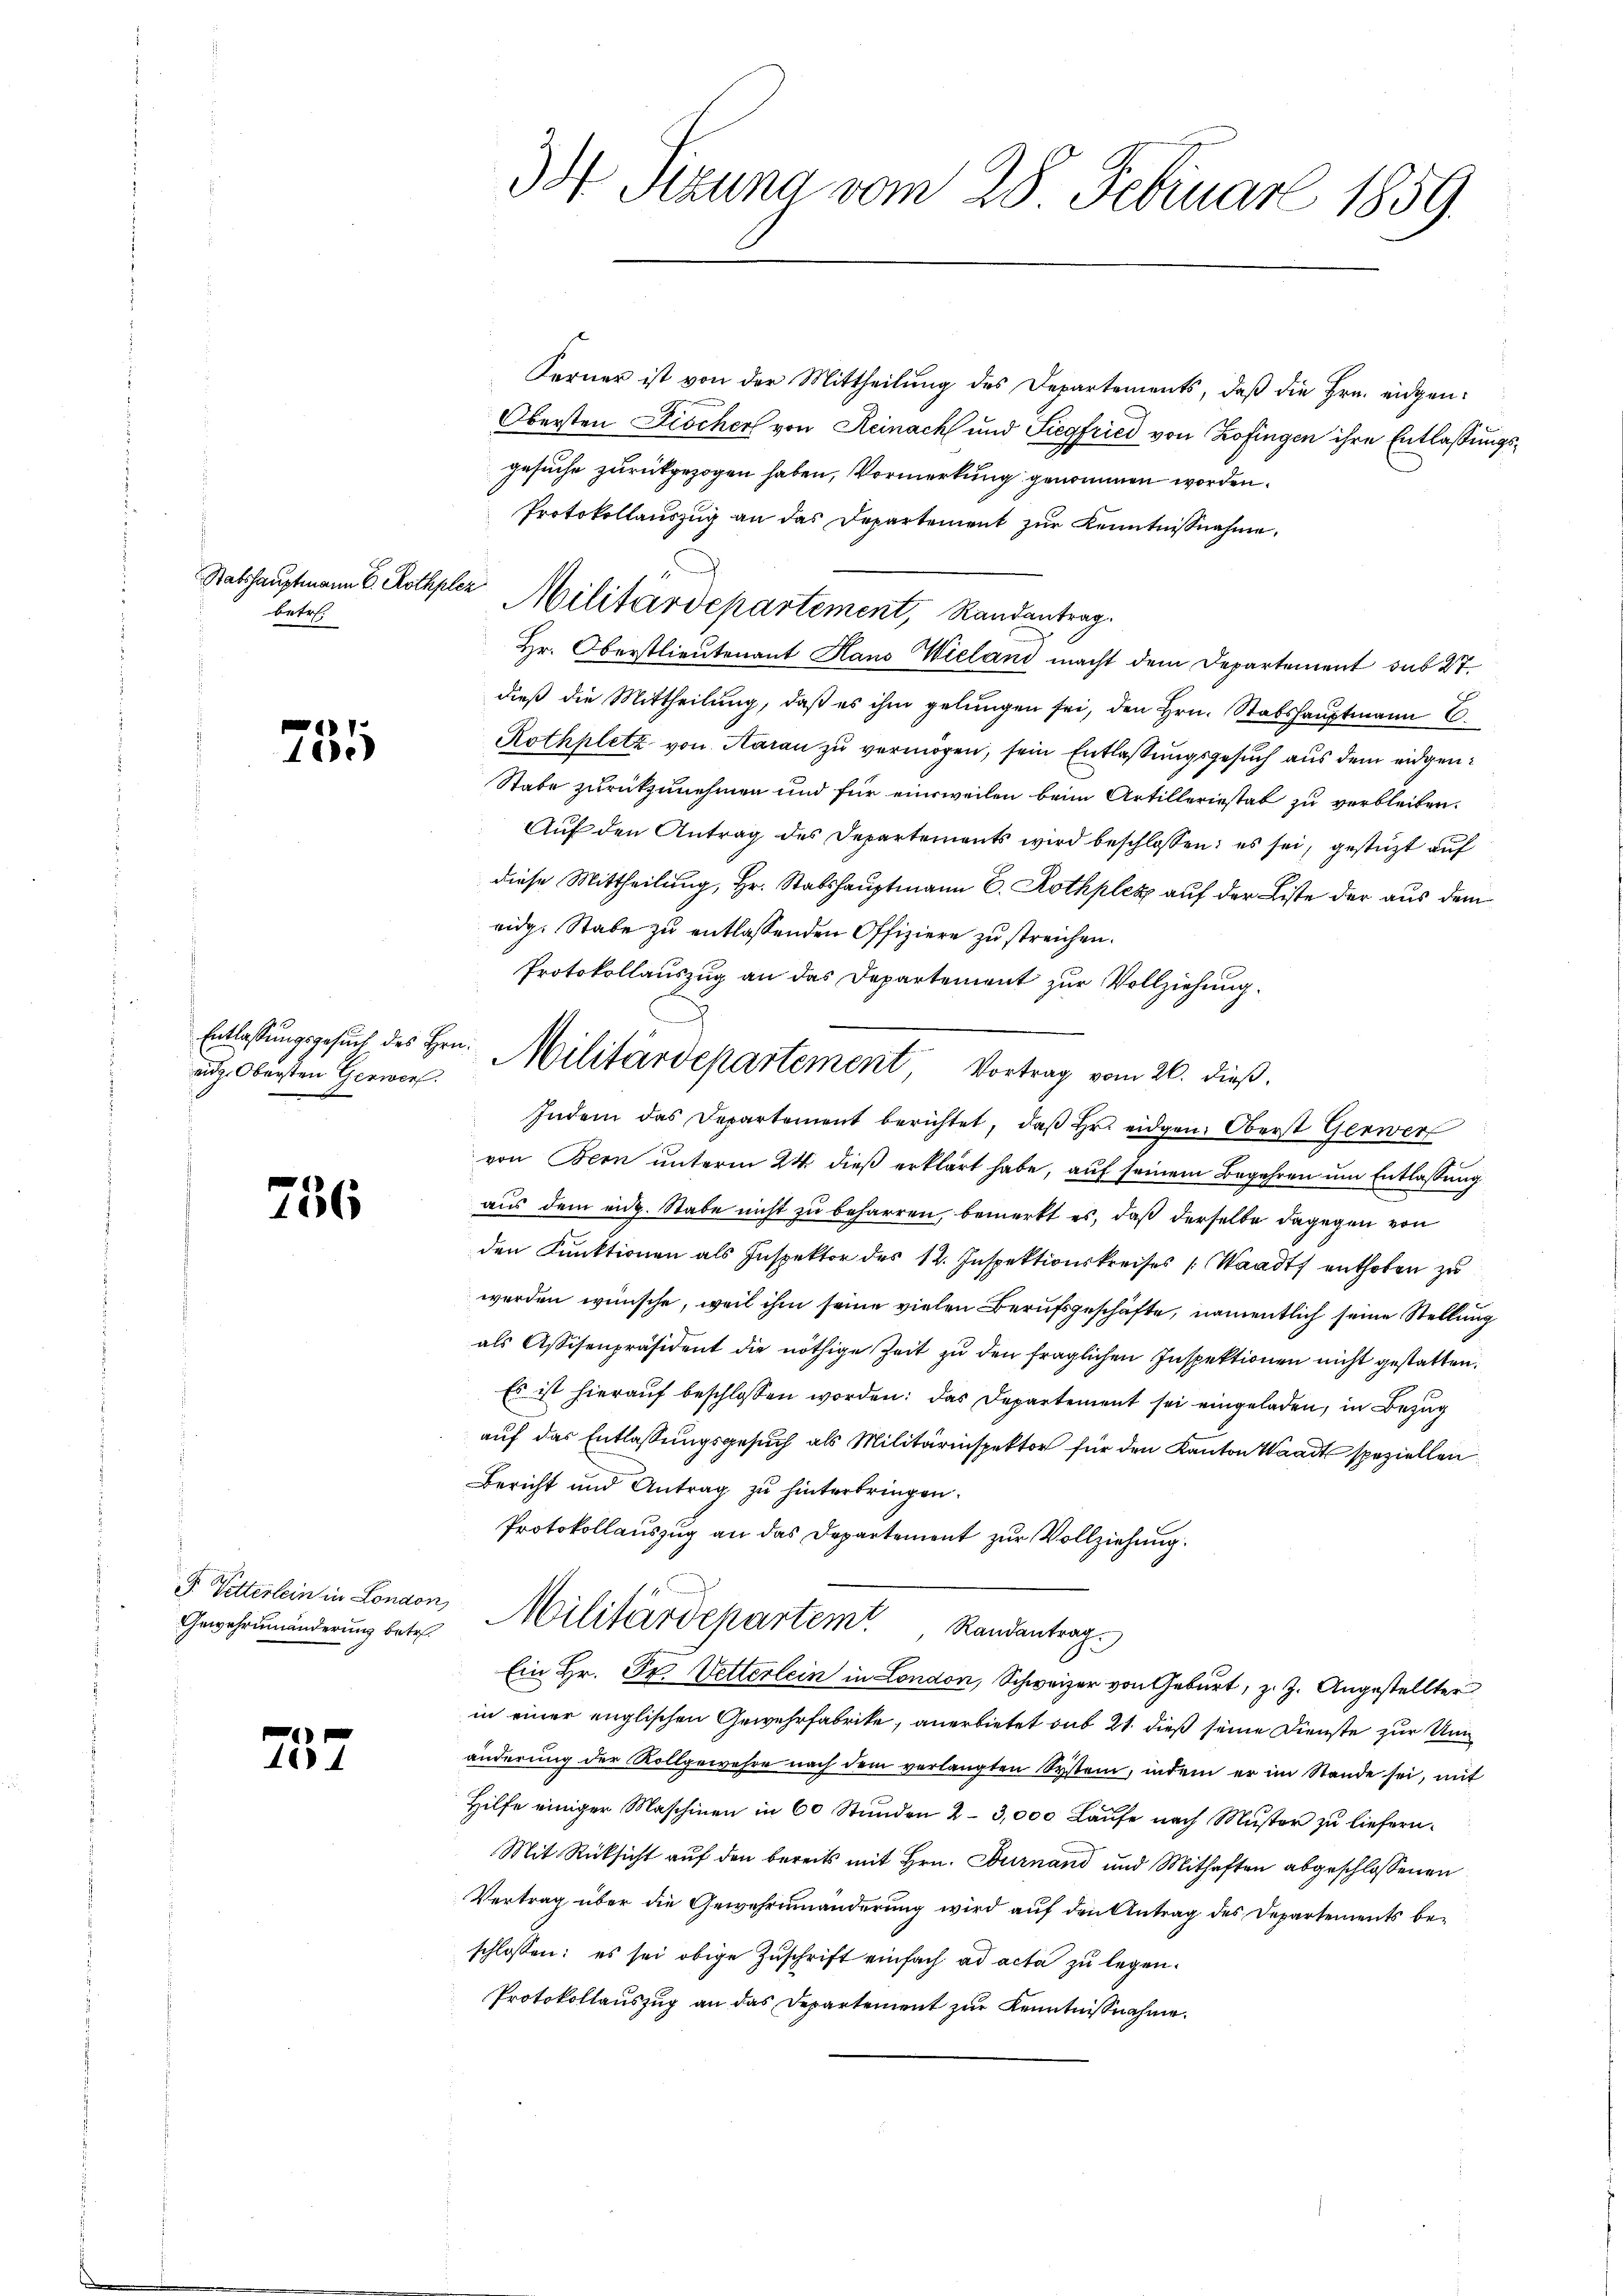
Stabshauptmann E. Rothplez
betr.

785

aid. Obersten Gerwerf
e

756

F. Vetterlein in London
Gewehrumänderung betr.

257

34 Stzung vom 28. Februar 1859.

Ferner ist von der Mittheilung des Departements, daβ die Hrn. eidgen:
Obersten Fischer von Reinach und Siegfried von Zofingen ihre Entlassungsgesuche zurückgezogen haben, Vormerkung genommen worden.
Protokollauszug an das Departement zŭr Kenntnisnahme,
Militärdepartement, Randantrag.
Hr. Oberstlieutenant Hans Wieland macht dem Departement sub 27.
dieß die Mittheilung, daß es ihm gelungen sei, den Hrn. Stabshauptmann
Rothplatz von Haran zu vermögen, sein Entlassungsgesuch aus dem eidgen¬
Stabe zurückzunehmen und für einweilen beim Artilleriestat zu verbleiben.
Auf den Antrag des Departements wird beschlossen: es sei, gestützt auf
diese Mittheilung, Hr. Statshauptmann E. Rothplex auf der Liste der aus dem
eidg. Stabe zu entlassenden Offiziere zu streichen.
Protokollauszug an das Departement zur Vollziehung.
Indem das Departement berichtet, daβ hr. eidgen. Oberst Gerwerf
von Bern unterm 24. dieß erklärt habe, auf seinem Begehren um Entlassung
aus dem eidg. Stabe nicht zu beharren, bemerkt es, daß derselbe dagegen von
den Funktionen als Inspektor des 12. Inspektionskreises Waadt enthoben zu
werden wünsche, weil ihm seine vielen Berufsgeschäfte, namentlich seine Stellung
als Assisenpräsident die nöthige Zeit zu den fraglichen Inspektionen nicht gestatten.
Es ist hieraŭf beschlossen worden: das Departement sei eingeladen, in Bezug
auf das Entlassungsgesuch als Militärinspektor für den Kanton Waadt speziellen
Bericht und Antrag zu hinterbringen.
Protokollauszug an das Departement zur Vollziehung.
 Militärdepartem Randantrag.
Ein Hr. Pr. Vetterlein in London, Schweizer von Geburt, z. Z. Angestellter
in einer englischen Gewehrfabrike, anerbietet sub 21. dieß seine Dienste zur Unänderung der Rollgewehre nach dem verlangten System, indem er im Stande sei, mit
Hilfe einiger Maschinen in 60 Stunden 2-3,000 Laufe nach Muster zu liefern.
Mit Rücksicht auf den bereits mit Hrn. Durnand und Mithaften abgeschlossenen
Vertrag über die Gewehrenänderung wird auf den Antrag des Departements beschlossen: es sei obige Zuschrift einfach ad acta zu legen.
Protokollauszug an das Departement zur Kenntnißnahme

Entlassŭngsgesŭch des Hrn. Militärdepartement, Vortrag vom 26. dieß.